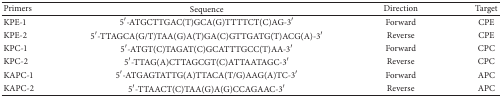
<table><thead><tr><td><b>Primers</b></td><td><b>Sequence</b></td><td><b>Direction</b></td><td><b>Target</b></td></tr></thead><tbody><tr><td>KPE-1</td><td>5′-ATGCTTGAC(T)GCA(G)TTTTCT(C)AG-3′</td><td>Forward</td><td>CPE</td></tr><tr><td>KPE-2</td><td>5′-TTAGCA(G/T)TAA(G)A(T)GA(C)GTTGATG(T)ACG(A)-3′</td><td>Reverse</td><td>CPE</td></tr><tr><td>KPC-1</td><td>5′-ATGT(C)TAGAT(C)GCATTTGCC(T)AA-3′</td><td>Forward</td><td>CPC</td></tr><tr><td>KPC-2</td><td>5′-TTAG(A)CTTAGCGT(C)ATTAATAGC-3′</td><td>Reverse</td><td>CPC</td></tr><tr><td>KAPC-1</td><td>5′-ATGAGTATTG(A)TTACA(T/G)AAG(A)TC-3′</td><td>Forward</td><td>APC</td></tr><tr><td>KAPC-2</td><td>5′-TTAACT(C)TAA(G)A(G)CCAGAAC-3′</td><td>Reverse</td><td>APC</td></tr></tbody></table>